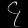
Digit: ၄